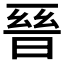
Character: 𭦙